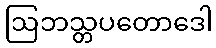
ဩဘသ္တပတောဒေါ